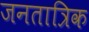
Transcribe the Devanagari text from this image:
जनतात्रिक